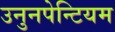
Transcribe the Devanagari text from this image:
उनुनपेन्टियम